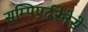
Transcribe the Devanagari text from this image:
सम्पिएर्दरेनेसे